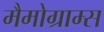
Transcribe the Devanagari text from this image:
मैमोग्राम्स